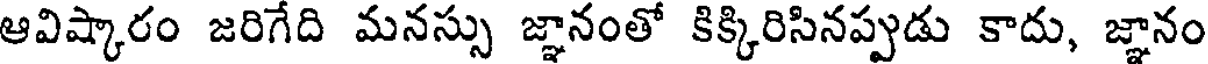
ఆవిష్కారం జరిగేది మనస్సు జ్ఞానంతో కిక్కిరిసినప్పుడు కాదు, జ్ఞానం